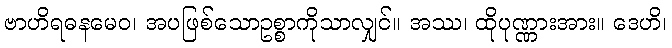
ဗာဟိရဓနမေဝ၊ အပဖြစ်သောဥစ္စာကိုသာလျှင်။ အဿ၊ ထိုပုဏ္ဏားအား။ ဒေဟိ၊